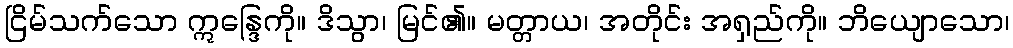
ငြိမ်သက်သော ဣန္ဒြေကို။ ဒိသွာ၊ မြင်၏။ မတ္တာယ၊ အတိုင်း အရှည်ကို။ ဘိယျောသော၊